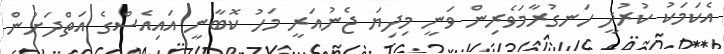
އެކަމަކު ކުރުދީ ހަނގުރާމަވެރިން ވަނީ މިދިޔަ ޖެނުއަރީ މަހު ކޮބާނީ އައިއެސްގެ އަތްދަށުން